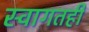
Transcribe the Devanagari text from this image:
स्वागतही